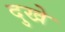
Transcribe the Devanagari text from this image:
दुखे